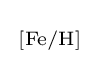
{\begin{smallmatrix}\left[{\ce {Fe}}/{\ce {H}}\right]\end{smallmatrix}}